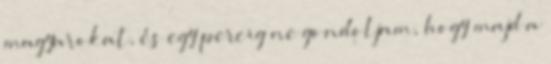
magyarokat, és egy percig ne gondoljam, hogy majd a